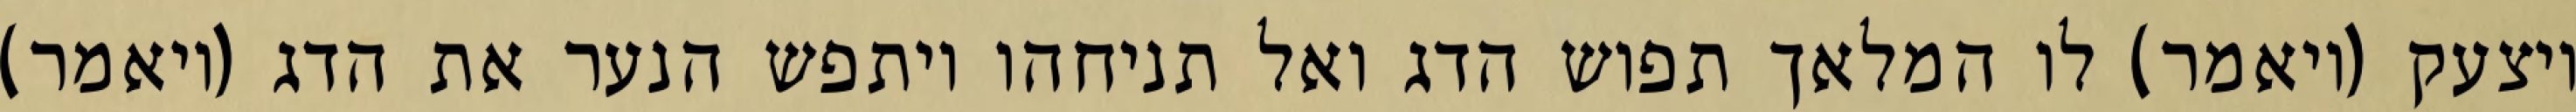
ויצעק (ויאמר) לו המלאך תפוש הדג ואל תניחהו ויתפש הנער את הדג (ויאמר)